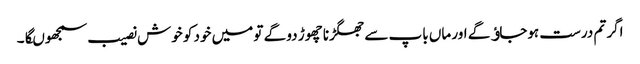
اگر تم درست ہوجاﺅگے اور ماں باپ سے جھگڑنا چھوڑ دو گے تو میں خود کو خوش نصیب سمجھوںگا۔